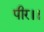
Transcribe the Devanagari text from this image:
पीर।।